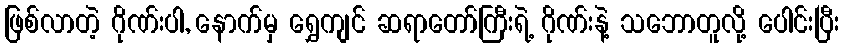
ဖြစ်လာတဲ့ ဂိုဏ်းပါ, နောက်မှ ရွှေကျင် ဆရာတော်ကြီးရဲ့ ဂိုဏ်းနဲ့ သဘောတူလို့ ပေါင်းပြီး